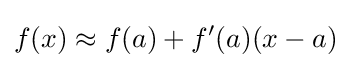
f(x)\approx f(a)+f'(a)(x-a)